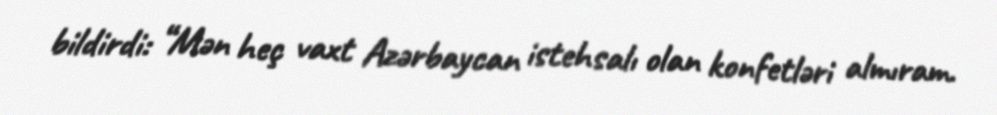
bildirdi: “Mən heç vaxt Azərbaycan istehsalı olan konfetləri almıram.